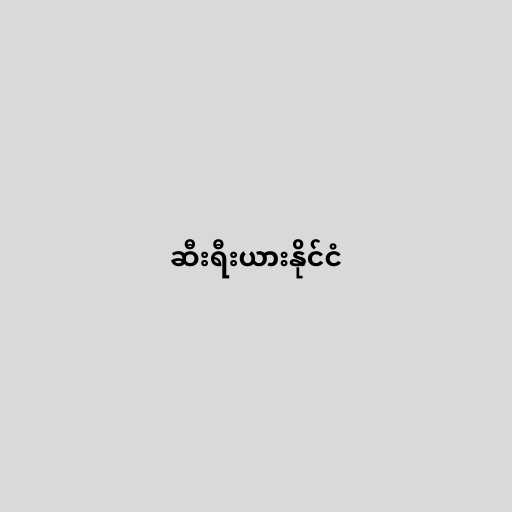
ဆီးရီးယားနိုင်ငံ